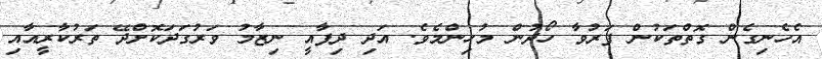
އެހެނިގެން ގޮތްތަކުން ފަރުވާ ހޯދުން މުހިންމެވެ. އަދި ދިފާއީ ނިޒާމު ވަރުގަދަކޮށްދޭ ތަރުކާރީއާއި